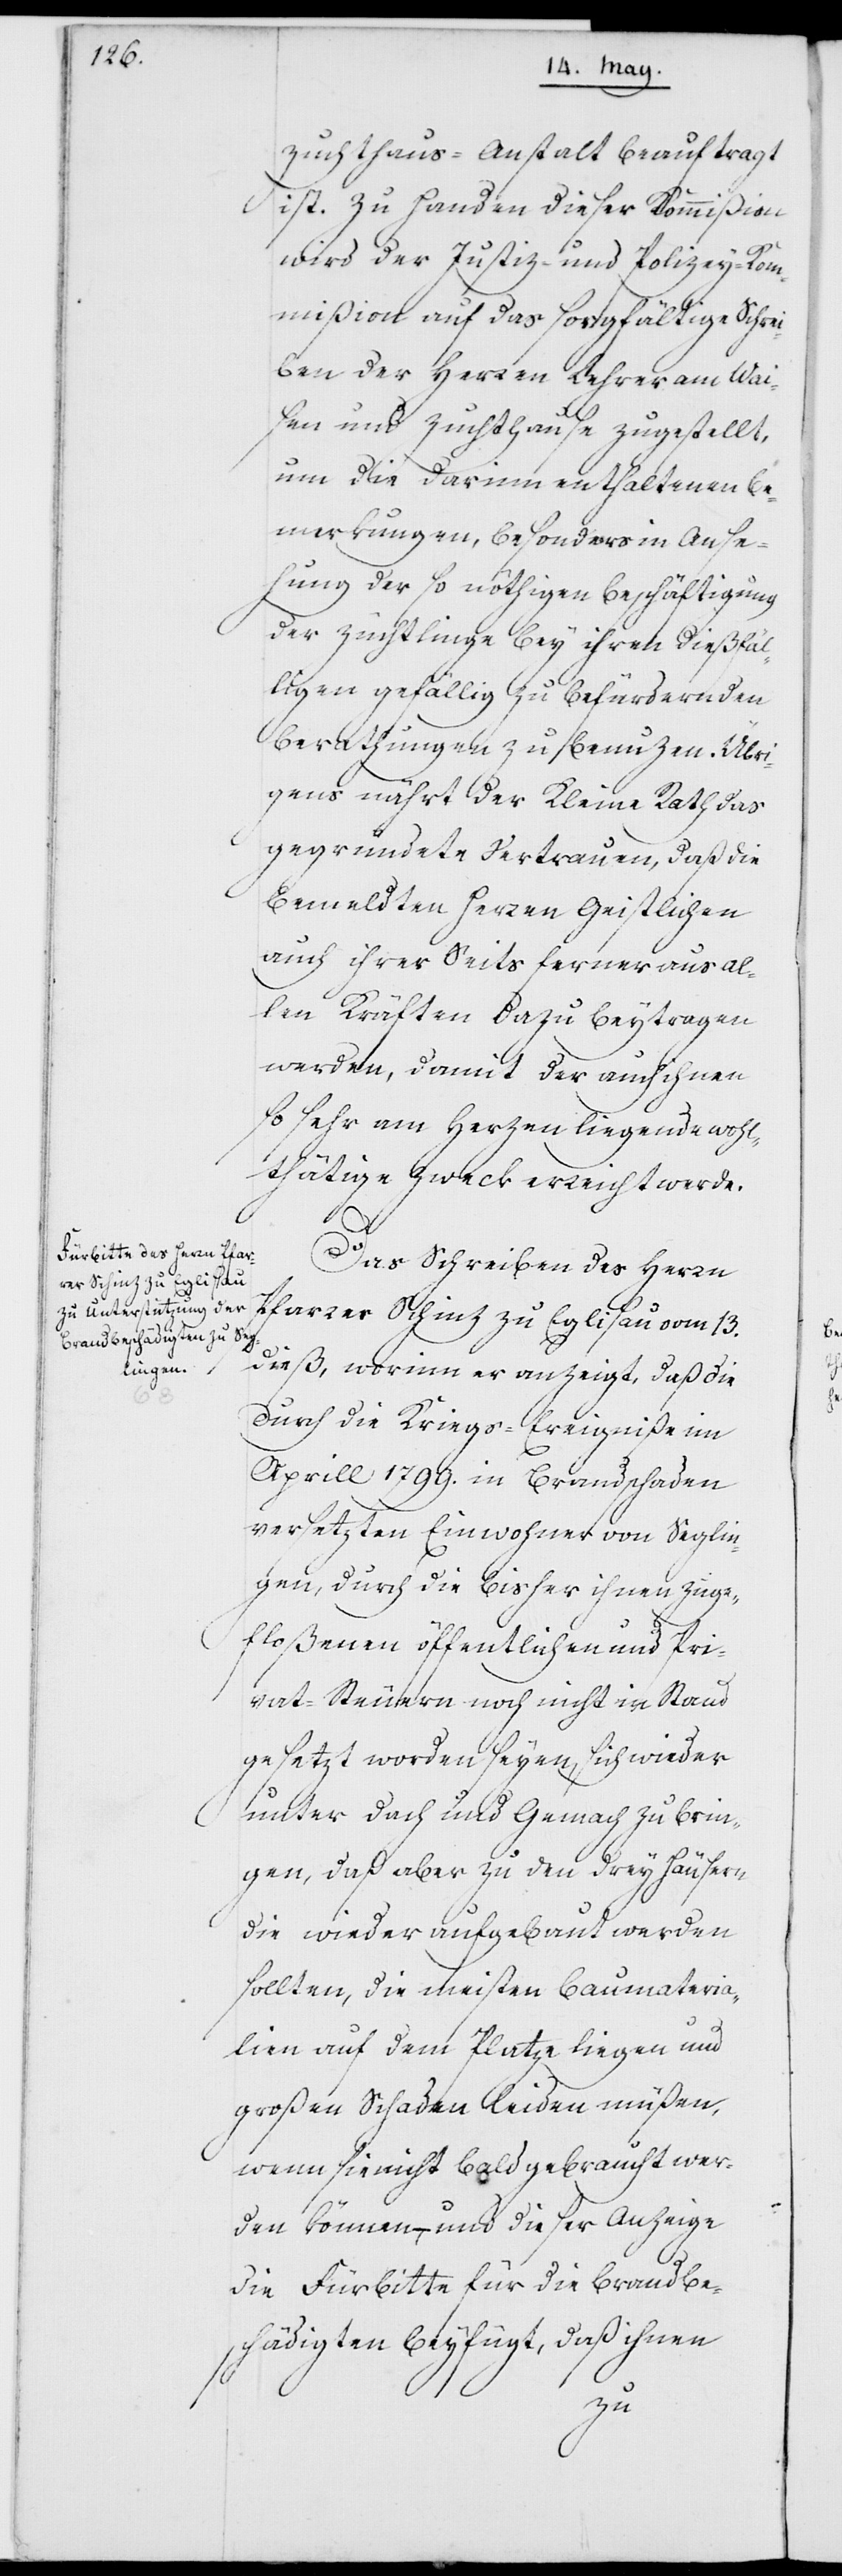
Zuchthaus-Anstalt beauftragt
ist. Zu Handen dieser Kommißion
wird der Justiz- und Polizeykom¬
mißion auf [sic!] das sorgfältige Schrei¬
ben der Herren Lehrer am Wai¬
sen- und Zuchthause zugestellt,
um die darinn enthaltenen Be¬
merkungen, besonders in Anse¬
hung der so nöthigen Beschäftigung
der Züchtlinge bey ihren dießfäl¬
ligen gefällig zu befürdernden
Berathungen zu benuzen. Übri¬
gens nährt der Kleine Rath das
gegründete Vertrauen, daß die
bemeldten Herren Geistlichen
auch ihrer Seits ferner aus al¬
len Kräften dazu beytragen
werden, damit der auch ihnen
so sehr am Herzen liegende wohl¬
thätige Zweck erreicht werde.
Das Schreiben des Herrn
Pfarrer Schinz zu Eglisau vom 13.
dieß, worinn er anzeigt, daß die
durch die Kriegs-Ereigniße im
Aprill 1799. in Brandschaden
versetzten Einwohner von Seglin¬
gen, durch die bisher ihnen zuge¬
floßenen öffentlichen und Pri¬
vat-Steuern noch nicht in Stand
gesetzt worden seyen, sich wieder
unter Dach und Gemach zu brin¬
gen, daß aber zu den drey Häusern,
die wieder aufgebaut werden
sollten, die meisten Baumateria¬
lien auf dem Platze liegen und
großen Schaden leiden müßen,
wenn sie nicht bald gebraucht wer¬
den können, – und dieser Anzeige
die Fürbitte für die Brandbe¬
schädigten beyfügt, daß ihnen